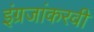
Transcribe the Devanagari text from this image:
इंग्रजांकरवी